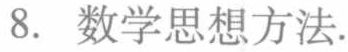
8. 数学思想方法.